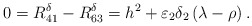
\begin{align*} 0=R_{41}^\delta-R_{63}^\delta=h^2+\varepsilon_2\delta_2\left(\lambda-\rho\right).\end{align*}